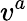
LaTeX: v^{a}